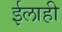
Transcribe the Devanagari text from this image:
ईलाही